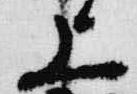
上